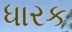
ધારક